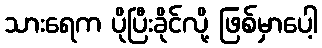
သားရေက ပိုပြီးခိုင်လို့ ဖြစ်မှာပေါ့